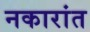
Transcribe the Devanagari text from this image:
नकारांत